Theory and practice of anti-rabic immunisation - Number 30
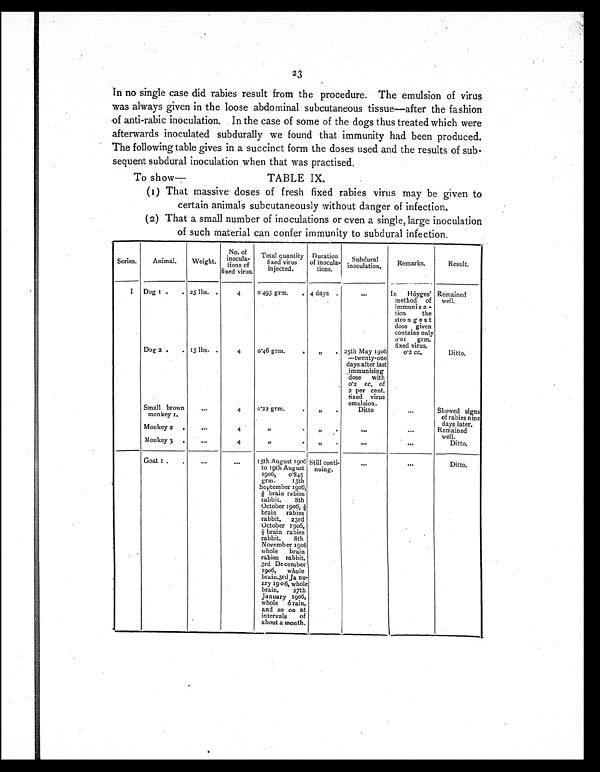
23
In no single case did rabies result from the procedure. The emulsion of virus
was always given in the loose abdominal subcutaneous tissue—after the fashion
of anti-rabic inoculation. In the case of some of the dogs thus treated which were
afterwards inoculated subdurally we found that immunity had been produced.
The following table gives in a succinct form the doses used and the results of sub-
sequent subdural inoculation when that was practised.
To show—
TABLE IX.
(1) That massive doses of fresh fixed rabies virus may be given to
certain animals subcutaneously without danger of infection.
(2) That a small number of inoculations or even a single, large inoculation
of such material can confer immunity to subdural infection.
Series.
Animal.
Weight.
No of
inocula-
tions of
fixed virus.
Total quantity
fixed virus
injected.
Duration
of inocula-
tions.
Subdural
inoculation.
Remarks.
Result.
1
Dog 1 . . 25 lbs. .
4
0495 grm.
. 4 days .
...
In Höyges'
method of
immunisa-
tion the
strongest
dose given
contains only
0.01 grm.
fixed virus.
Remained
well.
Dog 2 .
. 15 lbs. .
4
0.46 grm.
.
„
. 25th May 1906
—twenty-one
days after last
immunising
dose with
0.2 cc. of
2 per cent.
fixed virus
emulsion.
0.2 cc.
Ditto.
Small brown
monkey 1. ...
4
0.22 grm.
.
„
.
Ditto
Showed signs
of rabies nine
days later.
Monkey 2
.
Remained
well.
. . .
4
, , .
,,
.
. . .
...
Monkey 3
.
. . .
4
,,
.
,,
.
. . .
. . .
Ditto.
Goat 1 .
.
...
...
15th August 1906
to 19th August
1906, 0.845
grm. 15th
September 1906,
1/6 brain rabies
rabbit 8th
October 1906,
brain rabies
rabbit. 23rd
October 1906,
½ brain rabies
rabbit. 8th
November 1906
whole brain
rabies rabbit.
3rd December
1906, whole
brain. 3rd Ja nu-
ary 1906, whole
brain. 27th
January 1996,
whole brain,
and so on at
intervals of
about a month.
Still conti-
nuing.
...
. . .
Ditto.